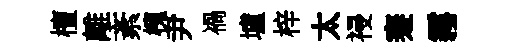
檀離紊槐尹禍壚梓太祲蹇霧